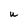
Character: u